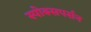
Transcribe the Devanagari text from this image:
स्पोक्सपर्सन